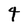
Character: 4